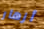
أزهار